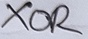
Text: XOR